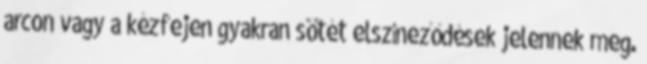
arcon vagy a kézfejen gyakran sötét elszíneződések jelennek meg.